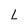
Character: L